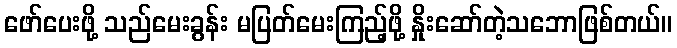
ဖော်ပေးဖို့ သည်မေးခွန်း မပြတ်မေးကြည့်ဖို့ နှိုးဆော်တဲ့သဘောဖြစ်တယ်။